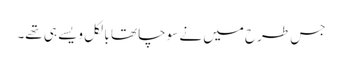
جس طرح میں نے سوچا تھا بالکل ویسے ہی تھے۔